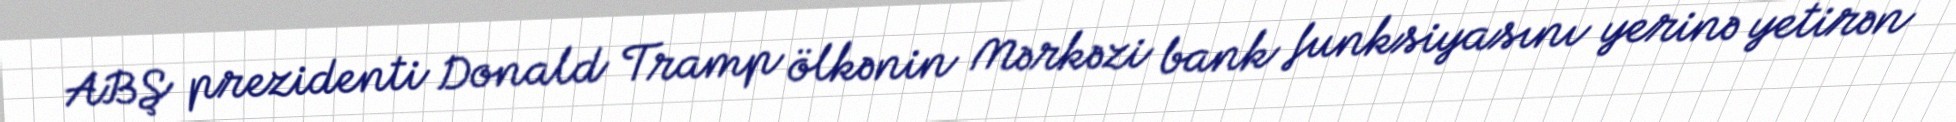
ABŞ prezidenti Donald Tramp ölkənin Mərkəzi bank funksiyasını yerinə yetirən